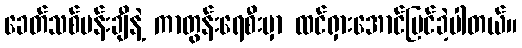
ခေတ်သစ်ပန်းချီနဲ့ ကာတွန်းရေစီးမှာ ထင်ရှားအောင်မြင်ခဲ့ပါတယ်။